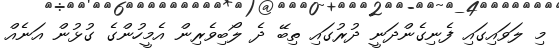
މި ލަވައިގައި ފެނިގެންދަނީ ދުރުގައި ތިބޭ ދެ ލޯބިވެރިން އެމީހުންގެ ގުޅުން އަނެއް